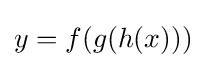
y=f(g(h(x)))